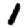
Digit: 1